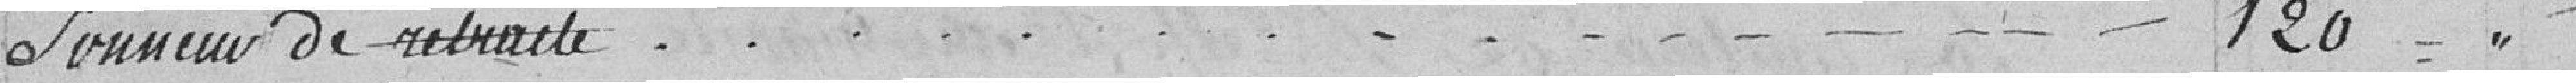
sonneur de retraite 120